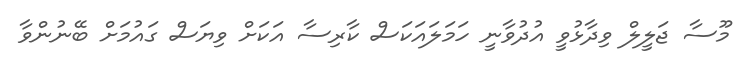
މޫސާ ޖަލީލް ވިދާޅުވީ އުދުވާނީ ހަމަލައަަކަސް ކާރިސާ އަކަށް ވިޔަސް ގައުމަށް ބޭނުންވާ